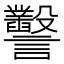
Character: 𧮙